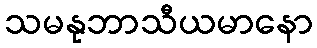
သမနုဘာသီယမာနော